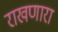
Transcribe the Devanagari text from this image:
राखणारा